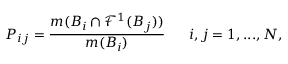
P _ { i j } = \frac { m ( B _ { i } \cap \mathcal { F } ^ { 1 } ( B _ { j } ) ) } { m ( B _ { i } ) } \; \; \; \; \; \; i , j = 1 , . . . , N ,